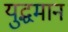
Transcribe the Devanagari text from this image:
युद्धमान